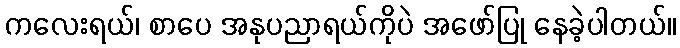
ကလေးရယ်၊ စာပေ အနုပညာရယ်ကိုပဲ အဖော်ပြု နေခဲ့ပါတယ်။